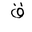
Letter: _qaf